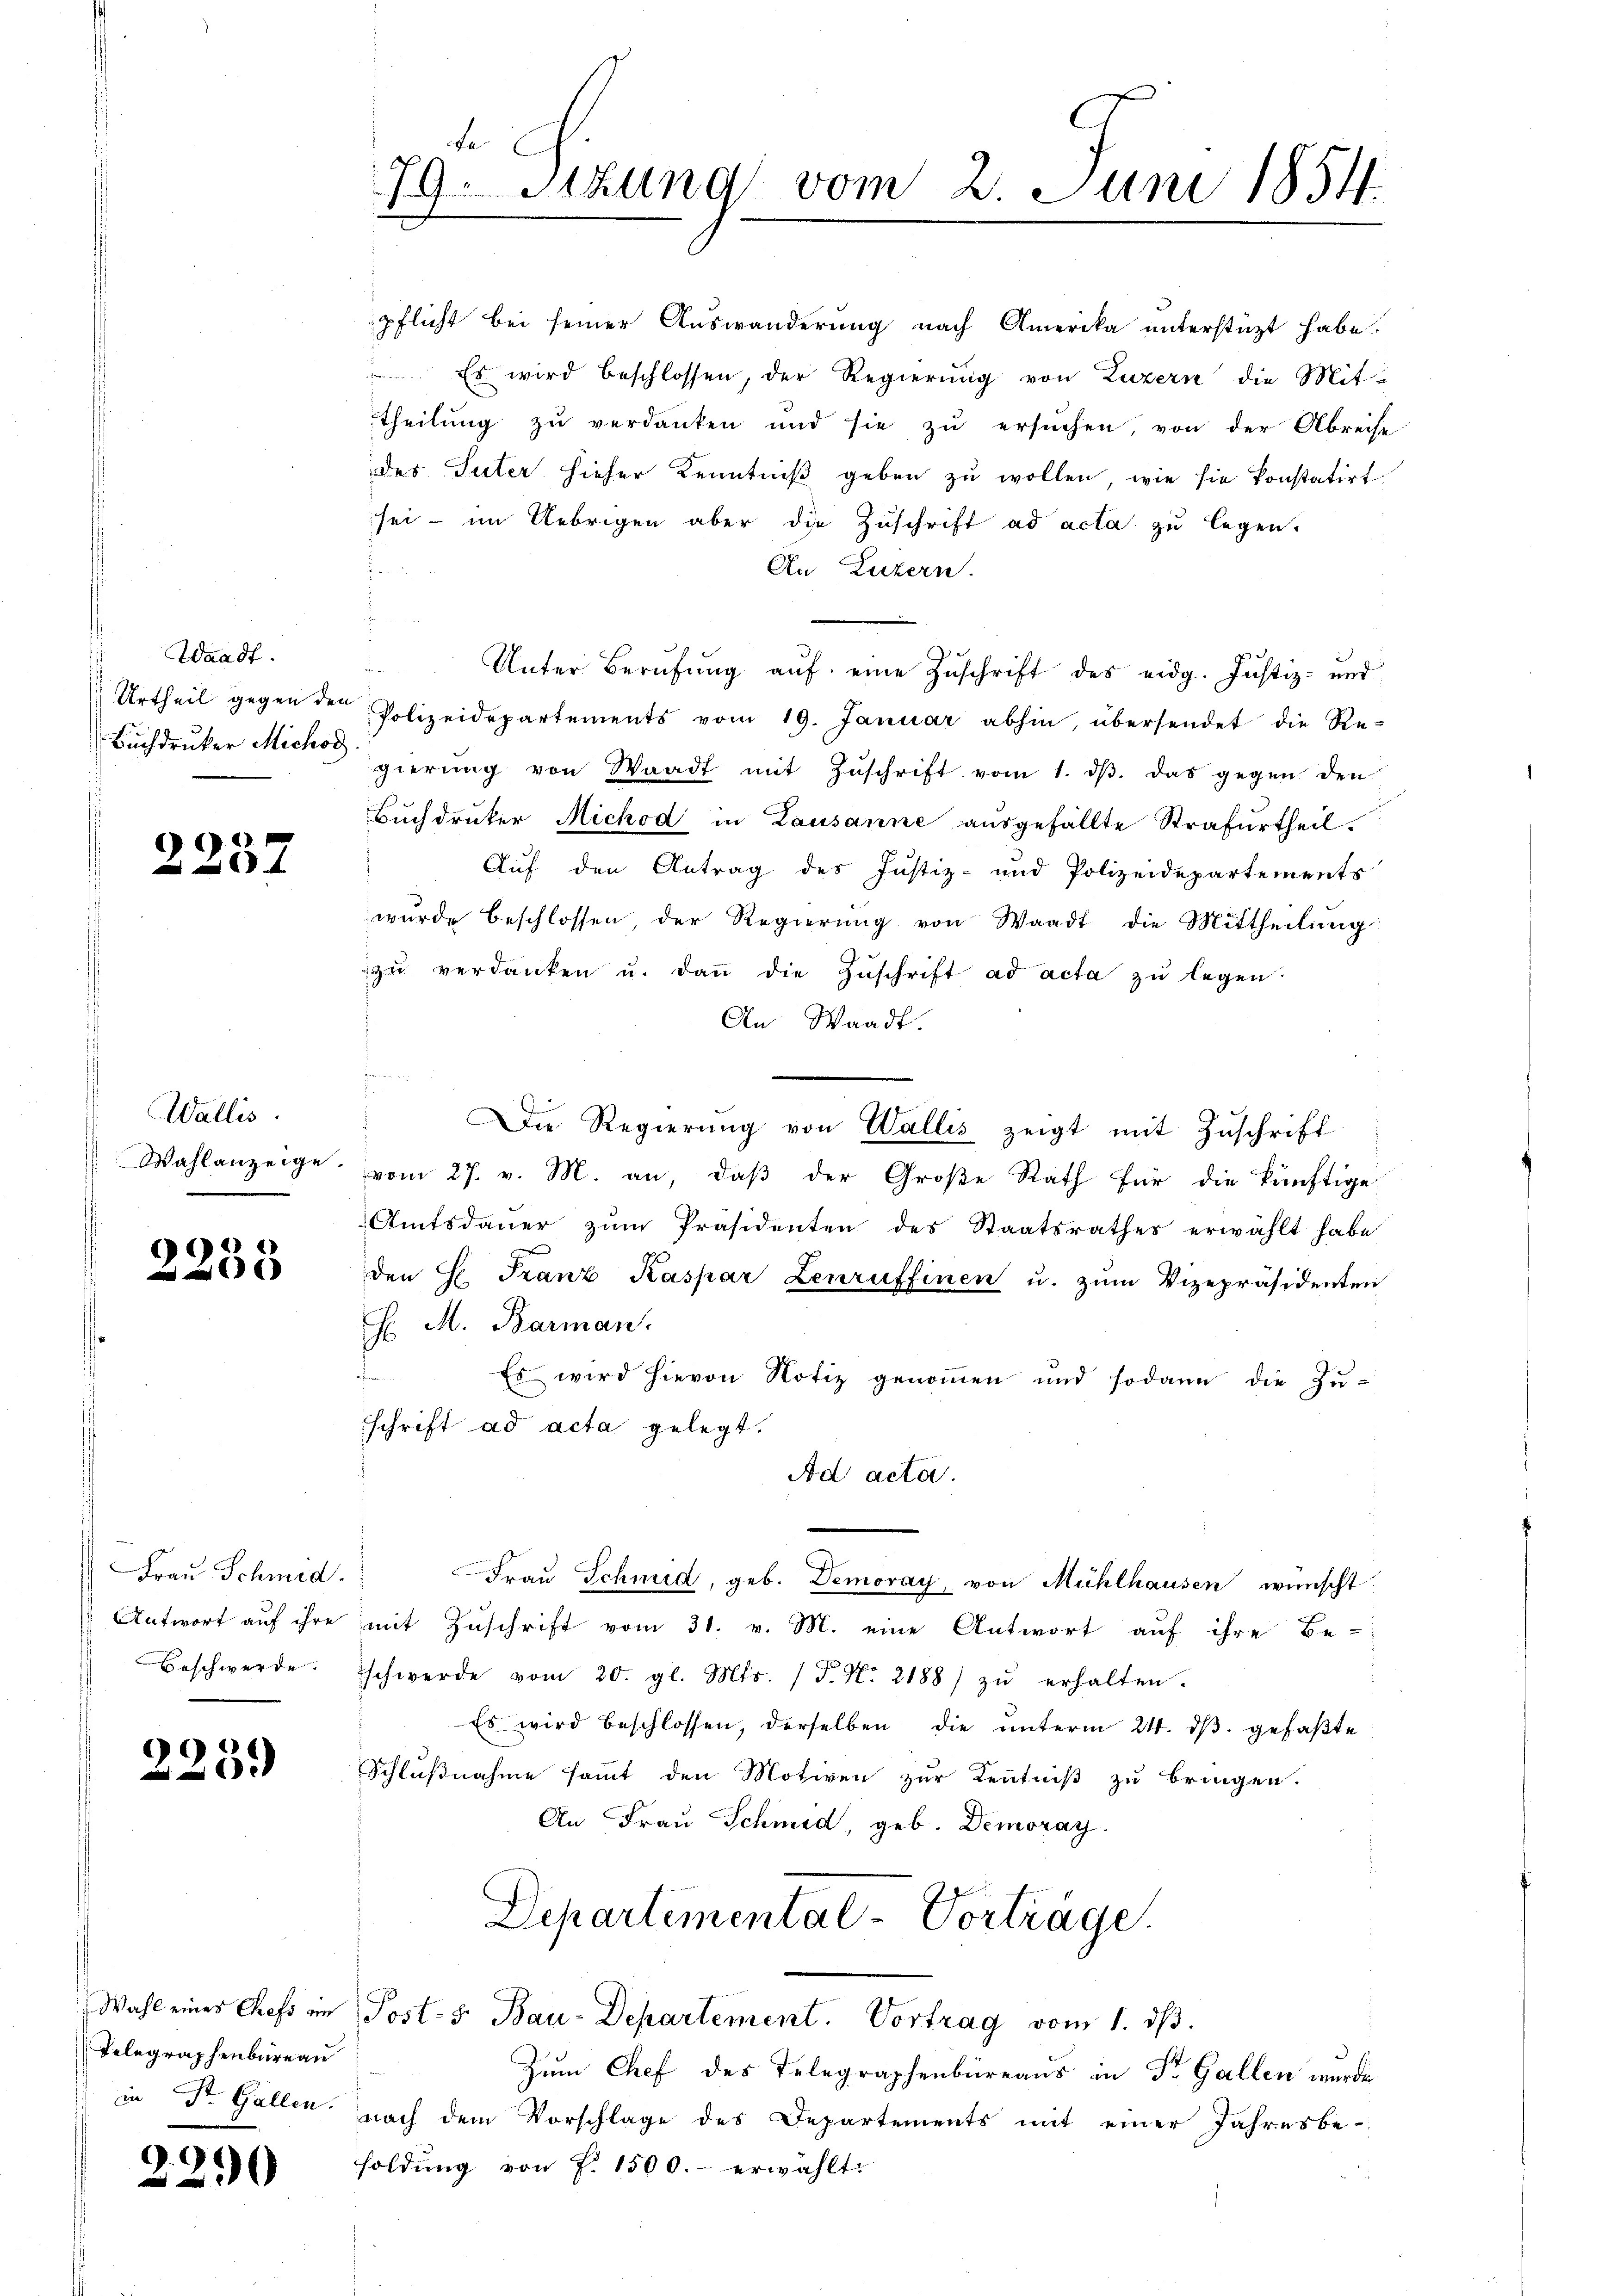
Fe
79Stzung vom 2. Juni 1854.
p

pflicht bei seiner Auswanderung nach Amerika unterstüzt habe.
Es wird beschlossen, der Regierung von Luzern die Mit-
Theilung zu verdanken und sie zŭ ersŭchen, von der Abreise
des Suter hieher Kenntniβ geben zŭ wollen, wie sie konstatirt
sei - im Uebrigen aber die Zuschrift ad acta zu legen.
n
An Luzern.
Unter Berŭfŭng aŭf eine Zŭschrift des eidg. Justiz- und
Polizeidepartements vom 19. Januar abhin, übersendet die Regierŭng von Waadt mit Zŭschrift vom 1. dβ. das gegen den
Buchdruker Michod in Lausanne ausgefällte Strafurtheil.
Auf den Antrag des Justiz- und Polizeidepartements
wurde beschlossen, der Regierŭng von Waadt die Mittheilŭng
zŭ verdanken u. daṅ die Zŭschrift ad acta zu legen
An Waadt.
Die Regierung von Wallis zeigt mit Zuschrift
vom 27. v. M. an, daß der Große Rath für die künftige
Amtsdaŭer zŭm Präsidenten des Staatsrathes erwählt habe
den H. Franz Kaspar Lenruffinen u. zum Vizepräsidenten
H. M. Barman.
Es wird hievon Notiz genommen und sodann die Zuschrift ad acta gelegt.
Ad acta.
Frau Schmid, geb. Demoray, von Mühlhausen wünscht
mit Zuschrift vom 31. v. M. eine Antwort auf ihre Be-
schwerde vom 20. gl. Mts. (T. No. 2188) zŭ erhalten.
Es wird beschlossen, derselben die unterm 24. ds. gefaßte
Schlußnahme sammt den Motiven zur Kenntniß zu bringen.
An Frau Schmid, geb. Demoray.

Waadt.
Urtheil gegen den
Buchdruker Michod

2232

Wallis.
Wahlanzeige.

2233

Frau Schmid.
Antwort auf ihre
Beschwerde.

223.

Departemental-Vorträge.
Wahl eines Chefs im Post-S. Bau-Departement. Vortrag vom 1. dβ.

Telegraphenbureau
in Dr. Gallen.

Zum Chef des Telegraphenbüreaus in Dr. Gallen wurde
nach dem Vorschlage des Departements mit einer Jahresbe-
soldung von P. 1500.- erwählt.

2290